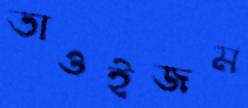
তাওইজম